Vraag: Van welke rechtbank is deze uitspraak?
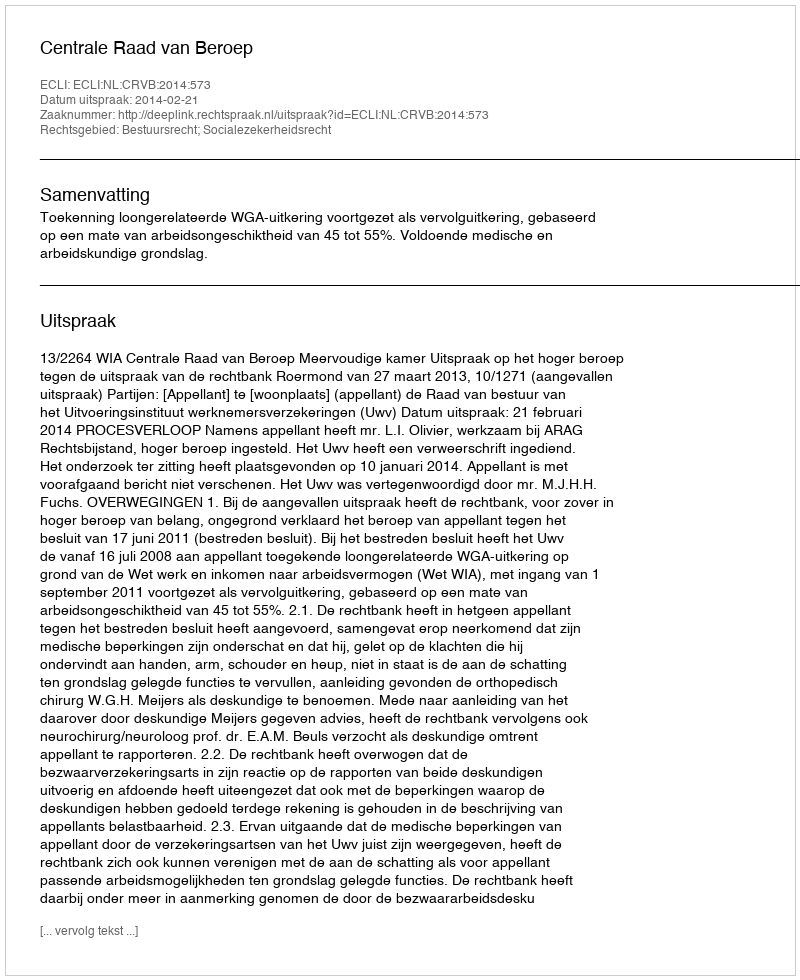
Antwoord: Centrale Raad van Beroep